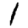
Digit: 1